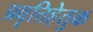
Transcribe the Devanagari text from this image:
प्रवृत्तिहेतुक